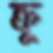
ক্রু